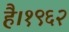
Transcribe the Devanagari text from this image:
है।१९६२